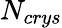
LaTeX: N_{crys}